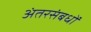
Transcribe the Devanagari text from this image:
अंतरसंबधों